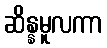
ဆိန္နမူလကာ